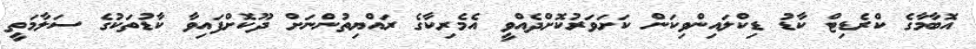
އޮބާމާގެ ކްރެޑިޓް ކާޑު ޑިކްލައިންވިކަން ކަށަވަރުކޮށްދެއްވީ އެމެރިކާގެ ރައްޔިތުންނަށް ދޫކޮށްފައިވާ ކާޑުތަކުގެ ސަލާމަތީ